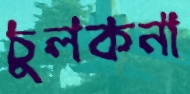
চুলকনা